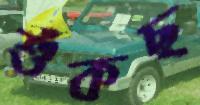
শুঁকছ